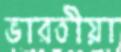
ভারতীয়া